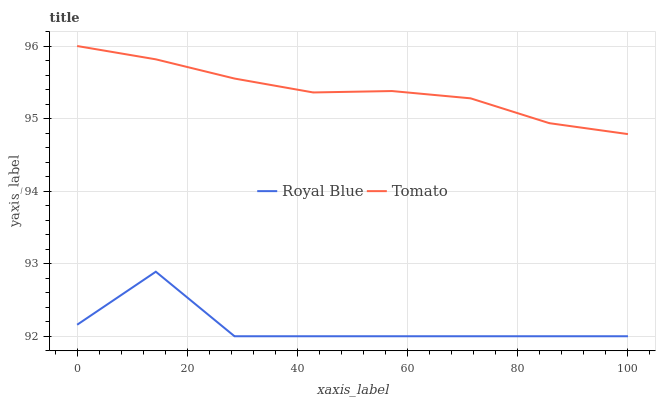
| xaxis_label | Royal Blue | Tomato |
 | --- | --- | --- |
 | 0 | 92.2 | 96 |
 | 14.3 | 92.9 | 95.8 |
 | 28.6 | 92 | 95.6 |
 | 42.9 | 92 | 95.4 |
 | 57.1 | 92 | 95.4 |
 | 71.4 | 92 | 95.3 |
 | 85.7 | 92 | 94.9 |
 | 100 | 92 | 94.8 |